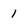
Character: 1